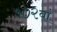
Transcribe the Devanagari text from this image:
१०२वां